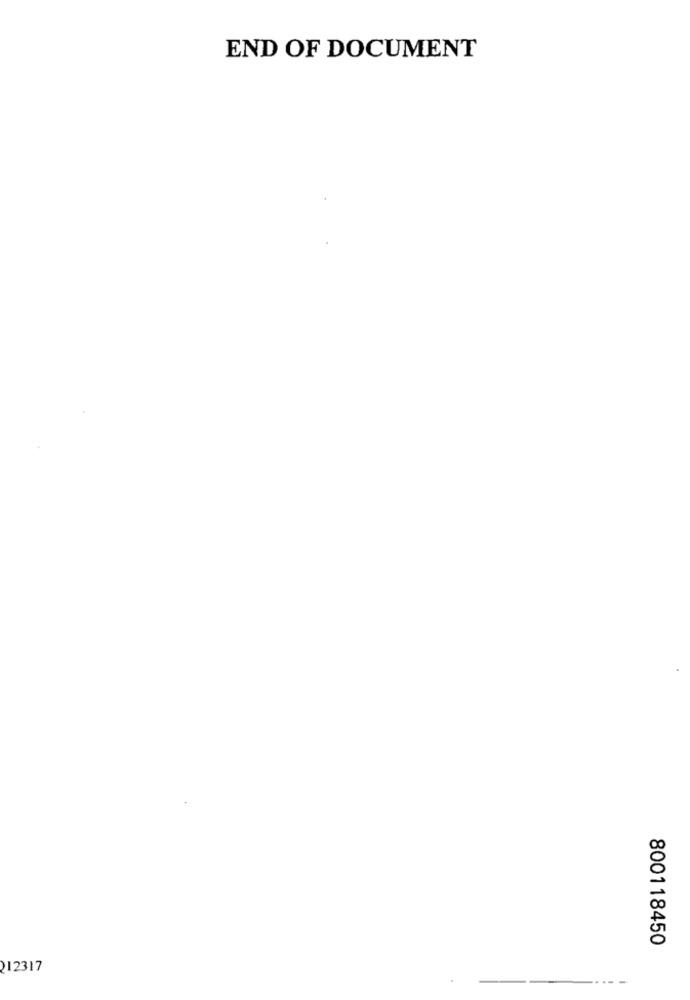
END OF DOCUMENT
800118450
212317
---- -